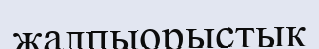
жалпыорыстық